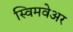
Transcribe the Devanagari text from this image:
स्विमवेअर